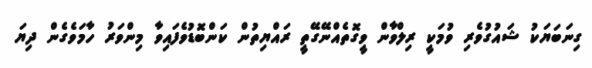
ގިނަބަޔަކު ޝައުގުވެރި ވުމަކީ ރިލްވާން ވީގޮތެއްނޭގޭތީ ރައްޔިތުން ކަންބޮޑުވެފައިވާ މިންވަރު ހާމަވެގެން ދިޔަ